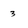
Character: 3